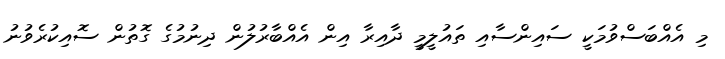
މި އެއްބަސްވުމަކީ ސައިންސާއި ތައުލީމީ ދާއިރާ އިން އެއްބާރުލުން ދިނުމުގެ ގޮތުން ސޮއިކުރެވުނު